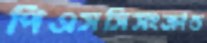
পিএসসিসংক্রান্ত